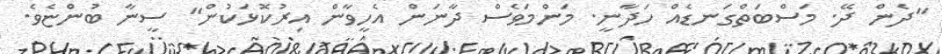
"ދެން ދޭ. މަސްބަތްގަނޑެއް ހަދާނީ. މަންމަވެސް ދާނަން އެހީވާން އިރުކޮޅަކުން" ސީނާ ބުންޏެވެ.